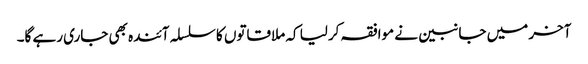
آخر میں جانبین نے موافقہ کرلیا کہ ملاقاتوں کا سلسلہ آئندہ بھی جاری رہے گا۔